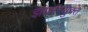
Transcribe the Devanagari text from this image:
झालरयुक्त